Scottish Leaving Certificate Examination, 1958
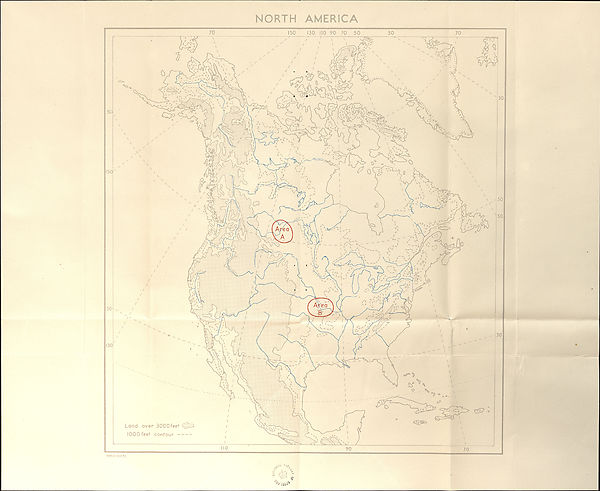
NORTH
AMERICA
Land over SOOOfeet
1000 feet contour
^ ’ '•Sa
‘Vuo^
99910 (M f.P.)